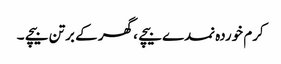
کرم خوردہ نمدے بیچے ، گھر کے برتن بیچے ۔